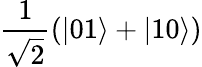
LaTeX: \frac{1}{\sqrt{2}}(|01\rangle+|10\rangle)